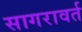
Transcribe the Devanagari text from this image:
सागरावर्त